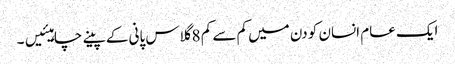
ایک عام انسان کو دن میں کم سے کم 8 گلاس پانی کے پینے چاہیئیں۔